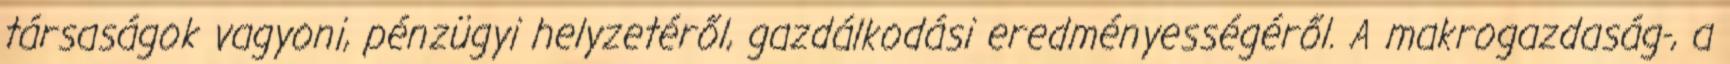
társaságok vagyoni, pénzügyi helyzetéről, gazdálkodási eredményességéről. A makrogazdaság-, a